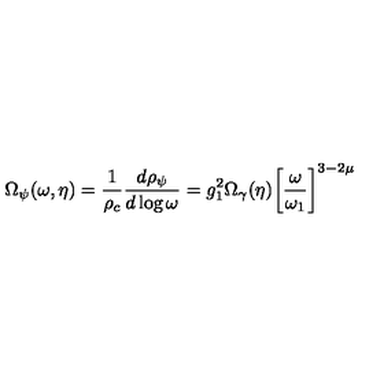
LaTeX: \Omega _ { \psi } ( \omega , \eta ) = \frac { 1 } { \rho _ { c } } \frac { d \rho _ { \psi } } { d \log { \omega } } = g _ { 1 } ^ { 2 } \Omega _ { \gamma } ( \eta ) \biggl [ \frac { \omega } { \omega _ { 1 } } \biggr ] ^ { 3 - 2 \mu }